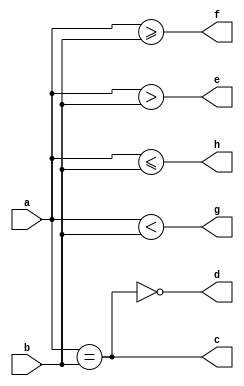

module operators (input [7:0] a, input [7:0] b,
output c, output d, output e, output f, output g, output h);

assign c = a == b;
assign d = !(a == b);
assign e = a > b;
assign f = a >= b;
assign g = a < b;
assign h = a <= b;

endmodule